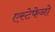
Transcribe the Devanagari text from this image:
एस्टेफेनो